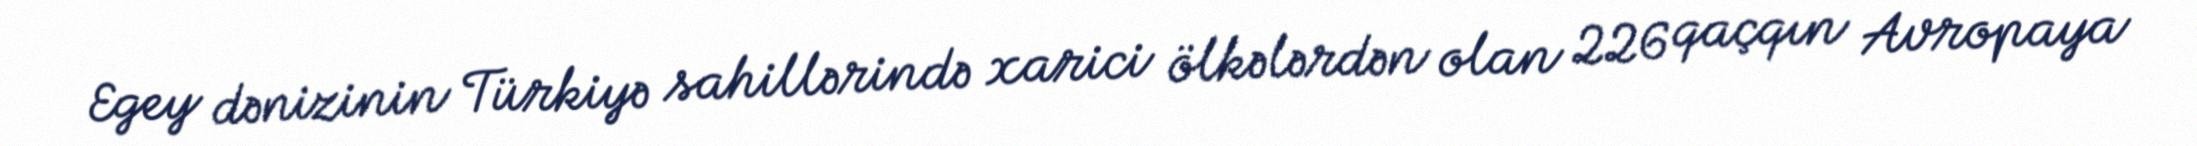
Egey dənizinin Türkiyə sahillərində xarici ölkələrdən olan 226 qaçqın Avropaya